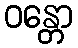
ဝန္တော